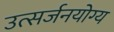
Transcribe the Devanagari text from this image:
उत्सर्जनयोग्य